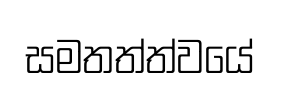
සමතත්ත්වයේ